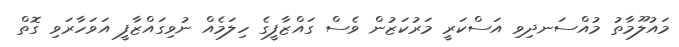
މައުލޫމާތު މުއްސަނދިވި އަސްކަރީ މަރުކަޒުން ވެސް ގައްޒާފީގެ ހިލަމެއް ނުވިގައްޒާފީ އަވަހާރަވި ގޮތް